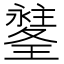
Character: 𤪉